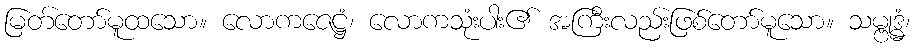
မြတ်တော်မူထသော။ လောကဇေဋ္ဌံ၊ လောကသုံးပါး၏ အကြီးလည်းဖြစ်တော်မူသော။ သမ္ဗုဒ္ဓံ၊